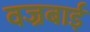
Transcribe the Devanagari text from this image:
वज्रबाई